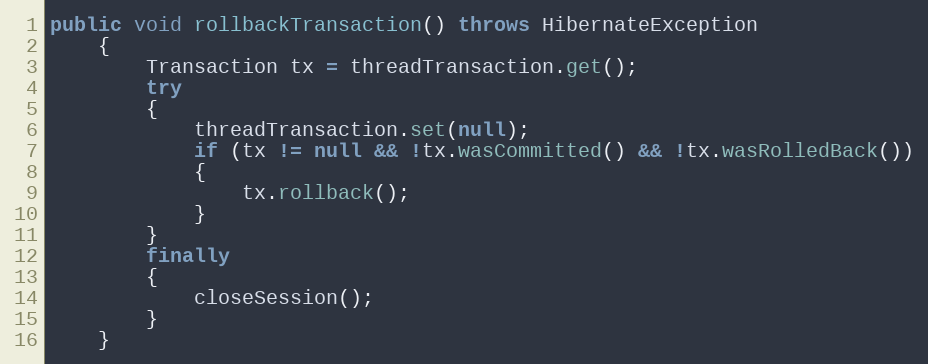
Language: Java
public void rollbackTransaction() throws HibernateException
    {
        Transaction tx = threadTransaction.get();
        try
        {
            threadTransaction.set(null);
            if (tx != null && !tx.wasCommitted() && !tx.wasRolledBack())
            {
                tx.rollback();
            }
        }
        finally
        {
            closeSession();
        }
    }